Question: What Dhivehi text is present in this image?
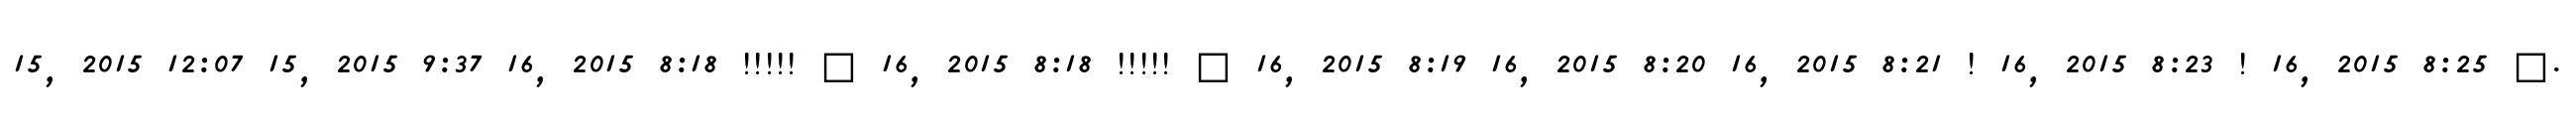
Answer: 15, 2015 12:07 15, 2015 9:37 16, 2015 8:18 !!!!! ? 16, 2015 8:18 !!!!! ? 16, 2015 8:19 16, 2015 8:20 16, 2015 8:21 ! 16, 2015 8:23 ! 16, 2015 8:25 ?.